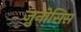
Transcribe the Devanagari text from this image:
ज़ुनोसिस